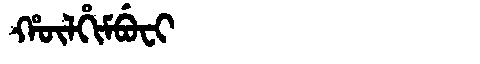
Manchu: ᡥᡡᠯᡥᡳᠮᠪᡠᠸᡳ
Romanization: HŪLHIMBUFI